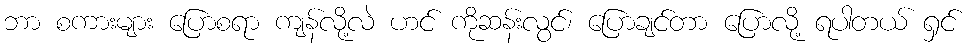
ဘာ စကားများ ပြောစရာ ကျန်လို့လဲ ဟင် ကိုဆန်းလွင်၊ ပြောချင်တာ ပြောလို့ ရပါတယ် ရှင်